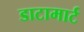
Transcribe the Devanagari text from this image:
डाटामार्ट